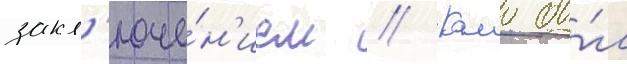
закл'юче́н'ием // Камо бы́л